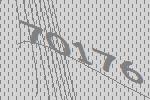
70176